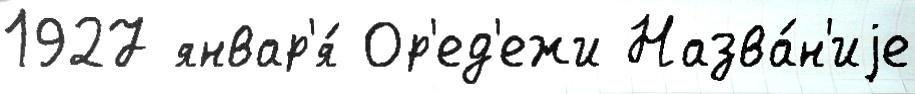
1927 январ'я́ Ор'ед'ежи Назва́н'иjе